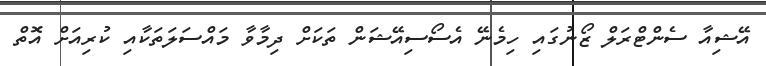
އޭޝިއާ ސެންޓްރަލް ޒޯނުގައި ހިމެނޭ އެސޯސިއޭޝަން ތަކަށް ދިމާވާ މައްސަލަތަކާއި ކުރިއަށް އޮތް